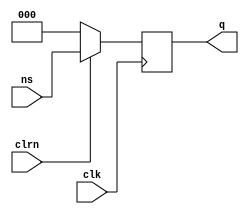
`timescale 1ns / 1ps
//////////////////////////////////////////////////////////////////////////////////
// Company: 
// Engineer: 
// 
// Design Name: 
// Module Name: src
// Project Name: 
// Target Devices: 
// Tool Versions: 
// Description: 
// 
// Dependencies: 
// 
// Revision:
// Revision 0.01 - File Created
// Additional Comments:
// 
//////////////////////////////////////////////////////////////////////////////////


// Module      : D flip-flop
// Description : At the positive edge of the clock, set the current state based on the clear
// Input(s)    : 3-bit Next State, Clear and Clock
// Output(s)   : 3-bit Current State
module dff3(input [2:0] ns, input clrn, input clk, output reg [2:0] q);
    always @ (posedge clk)
        begin
            if (clrn == 1) begin
                q <= ns;
            end
            else begin
                q <= 3'b000;
            end
        end
endmodule

// Module      : Up/Down Counter
// Description : Combinational circuit that generates the next state and LED control signals based on input u
// Input(s)    : 3-bit Current State, 1-bit u
// Output(s)   : 3-bit Next State, 7 1-bit segments of the LED
module counter(input [2:0] q, input u, output reg [2:0] ns, 
       output reg a, output reg b, output reg c, output reg d, output reg e, output reg f, output reg g );
   always @(*)
        begin     
            if (u == 1) begin  
                if (q == 3'b101) begin
                    ns <= 3'b000;
                end
                else begin 
                    ns <= q + 1;
                end
            end
            else begin 
                if (q == 3'b000) begin
                    ns <= 3'b101;
                end
                else begin 
                    ns <= q - 1;
                end
            end      
        case(q)
            3'b000: begin
                g=1'b1;  f=1'b0;  e=1'b0;  d=1'b0;  c=1'b0;  b=1'b0;  a=1'b0;
            end
            3'b001: begin
                g=1'b1;  f=1'b1;  e=1'b1;  d=1'b1;  c=1'b0;  b=1'b0;  a=1'b1;
            end
            3'b010: begin
                g=1'b0;  f=1'b1;  e=1'b0;  d=1'b0;  c=1'b1  ;b=1'b0;  a=1'b0;
            end
            3'b011: begin 
                g=1'b0;  f=1'b1;  e=1'b1;  d=1'b0;  c=1'b0;  b=1'b0;  a=1'b0;
            end
            3'b100: begin
                g=1'b0;  f=1'b0;  e=1'b1;  d=1'b1;  c=1'b0;  b=1'b0;  a=1'b1;
            end
            3'b101: begin
                g=1'b0;  f=1'b0;  e=1'b1;  d=1'b0;  c=1'b0;  b=1'b1;  a=1'b0;
            end       
        endcase
   end
endmodule